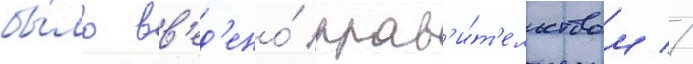
бы́ло вв'ед'ено́ прав'и́т'ельством //